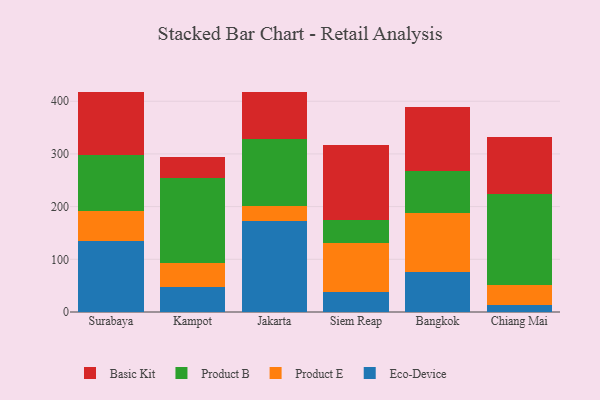
{"axis": {"x": "City", "y": "Conversion Rate (%)"}, "legend": ["Basic Kit", "Eco-Device", "Product B", "Product E"], "data": [{"x": "Surabaya", "y": 134.0, "type": "Eco-Device"}, {"x": "Surabaya", "y": 57.1, "type": "Product E"}, {"x": "Surabaya", "y": 106.9, "type": "Product B"}, {"x": "Surabaya", "y": 120.3, "type": "Basic Kit"}, {"x": "Kampot", "y": 48.3, "type": "Eco-Device"}, {"x": "Kampot", "y": 45.5, "type": "Product E"}, {"x": "Kampot", "y": 159.8, "type": "Product B"}, {"x": "Kampot", "y": 40.9, "type": "Basic Kit"}, {"x": "Jakarta", "y": 172.4, "type": "Eco-Device"}, {"x": "Jakarta", "y": 28.0, "type": "Product E"}, {"x": "Jakarta", "y": 128.6, "type": "Product B"}, {"x": "Jakarta", "y": 88.2, "type": "Basic Kit"}, {"x": "Siem Reap", "y": 37.9, "type": "Eco-Device"}, {"x": "Siem Reap", "y": 93.5, "type": "Product E"}, {"x": "Siem Reap", "y": 43.6, "type": "Product B"}, {"x": "Siem Reap", "y": 142.3, "type": "Basic Kit"}, {"x": "Bangkok", "y": 75.9, "type": "Eco-Device"}, {"x": "Bangkok", "y": 112.2, "type": "Product E"}, {"x": "Bangkok", "y": 80.1, "type": "Product B"}, {"x": "Bangkok", "y": 121.1, "type": "Basic Kit"}, {"x": "Chiang Mai", "y": 13.8, "type": "Eco-Device"}, {"x": "Chiang Mai", "y": 37.9, "type": "Product E"}, {"x": "Chiang Mai", "y": 171.9, "type": "Product B"}, {"x": "Chiang Mai", "y": 108.9, "type": "Basic Kit"}]}